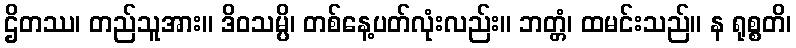
ဌိတဿ၊ တည်သူအား။ ဒိဝသမ္ပိ၊ တစ်နေ့ပတ်လုံးလည်း။ ဘတ္တံ၊ ထမင်းသည်။ န ရုစ္စတိ၊